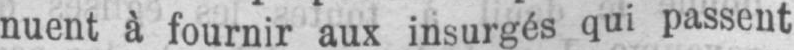
nuent à fournir aux insurgés qui passent